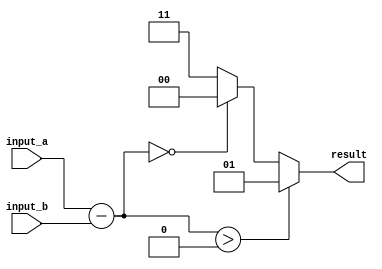
module inequality_comparator (
    input [7:0] input_a,
    input [7:0] input_b,
    output reg [1:0] result
);

wire [7:0] subtraction_result;

// Subtract input_b from input_a
assign subtraction_result = input_a - input_b;

// Logic to determine the result of the comparison
always @* begin
    if (subtraction_result > 0) begin
        result = 2'b01; // Greater than
    end else if (subtraction_result == 0) begin
        result = 2'b00; // Equal to
    end else begin
        result = 2'b11; // Less than
    end
end

endmodule